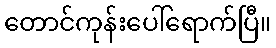
တောင်ကုန်းပေါ်ရောက်ပြီ။